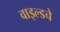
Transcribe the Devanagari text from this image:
वाइल्डचे